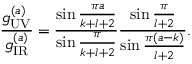
{ \frac { g _ { \tiny \mathrm { U V } } ^ { ( a ) } } { g _ { \tiny \mathrm { I R } } ^ { ( a ) } } } = { \frac { \sin { \frac { \pi a } { k + l + 2 } } } { \sin { \frac { \pi } { k + l + 2 } } } } { \frac { \sin { \frac { \pi } { l + 2 } } } { \sin { \frac { \pi ( a - k ) } { l + 2 } } } } .